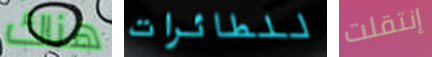
هناك للطائرات إنتقلت